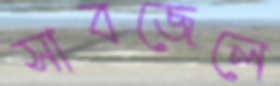
সাবজেলে